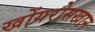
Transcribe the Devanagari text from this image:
खोंगरोसखान